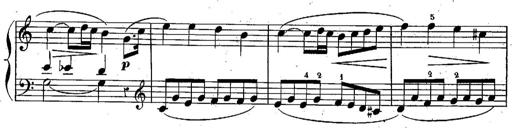
Title: Piano Sonatine
Composer: Jacques-Louis Battmann